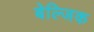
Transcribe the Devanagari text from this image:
बेल्जिक